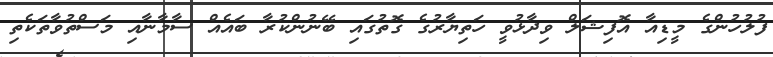
ފުލުހުންގެ މީޑިއާ އޮފިޝަލް ވިދާޅުވީ ހަތިޔާރުގެ ގޮތުގައި ބޭނުންކުރާ ބައެއް ސާމާނާއި މަސްތުވާތަކެތި